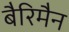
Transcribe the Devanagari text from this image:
बैरिमैन